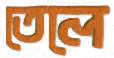
তেলে